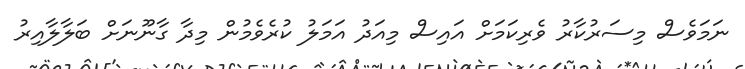
ނަމަވެސް މިސަރުކާރު ވެރިކަމަށް އައިސް މިއަދު އަމަލު ކުރެވެމުން މިދާ ގާނޫނަށް ބަލާލާއިރު